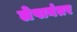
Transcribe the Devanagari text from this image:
लेपानंतर